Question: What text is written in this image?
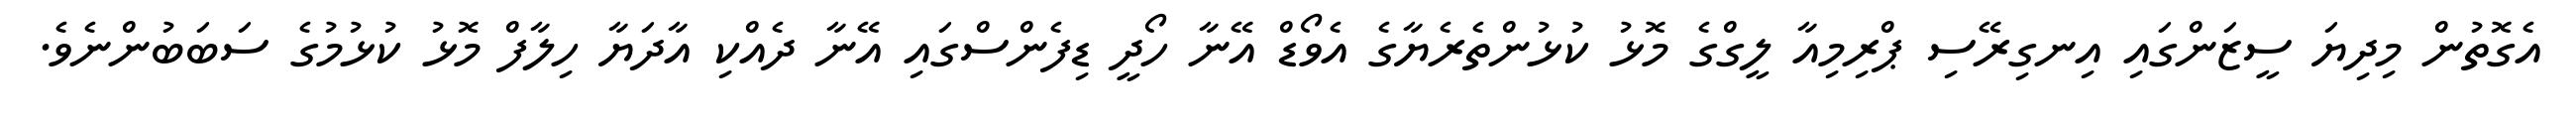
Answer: އެގޮތުން މިދިޔަ ސީޒަންގައި އިނގިރޭސި ޕްރިމިއާ ލީގްގެ މޮޅު ކުޅުންތެރެޔާގެ އެވޯޑް އޭނާ ހޯދީ ޑިފެންސްގައި އޭނާ ދެއްކި އާދަޔާ ހިލާފް މޮޅު ކުޅުމުގެ ސަބަބުންނެވެ.